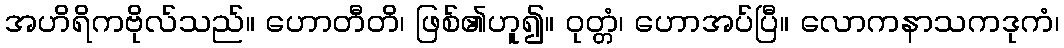
အဟိရိကဗိုလ်သည်။ ဟောတီတိ၊ ဖြစ်၏ဟူ၍။ ဝုတ္တံ၊ ဟောအပ်ပြီ။ လောကနာသကဒုကံ၊